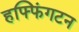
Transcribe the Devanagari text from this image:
हफ्फिंगटन